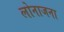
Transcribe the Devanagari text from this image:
लोनाजना